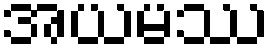
အယမဿ